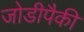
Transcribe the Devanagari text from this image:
जोडीपैकी